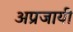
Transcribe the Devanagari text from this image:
अप्रजायी